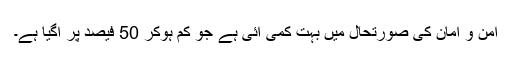
امن و امان کی صورتحال میں بہت کمی آئی ہے جو کم ہوکر 50 فیصد پر آگیا ہے۔